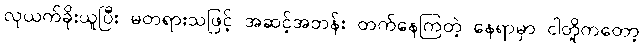
လုယက်ခိုးယူပြီး မတရားသဖြင့် အဆင့်အတန်း တက်နေကြတဲ့ နေရာမှာ ငါတို့ကတော့